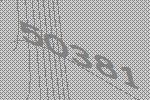
50381